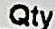
QTY